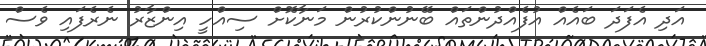
އަދި އެފަދަ ބައެއް އުފެއްދުންތައް ބޭނުންކުރުން މަނާކޮށް ސިއްހީ އިންޒާރު ނެރެފައި ވެސް